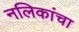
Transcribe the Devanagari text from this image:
नलिकांचा